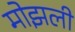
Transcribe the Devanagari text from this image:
मोझली